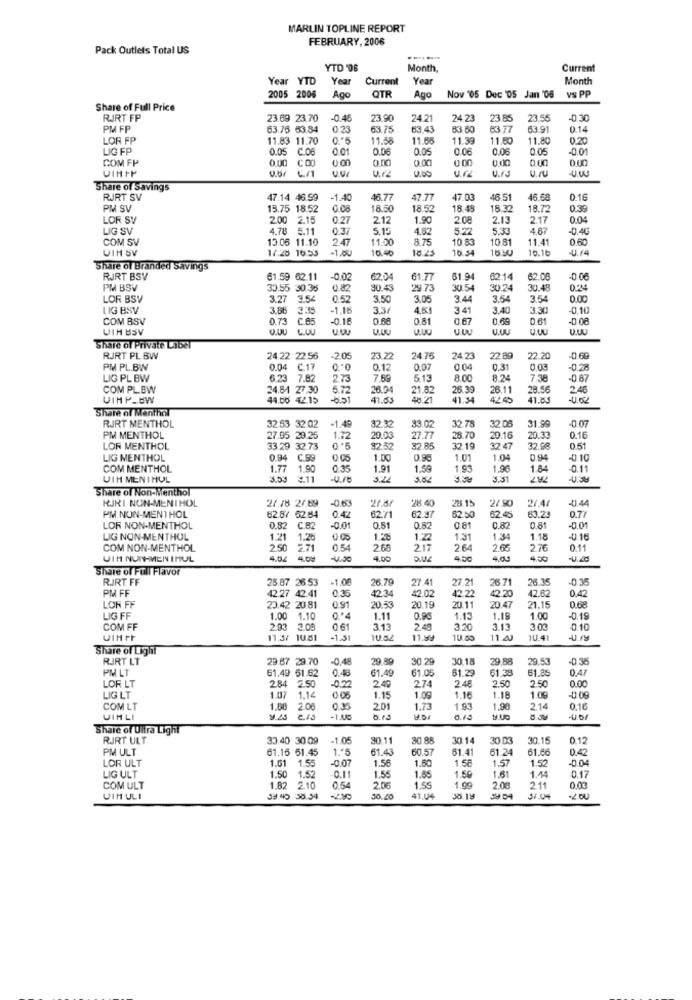
MARLIN TOPLINE REPORT
FEBRUARY, 2006
Pack Outlets Total US
YTD '06
Month,
Current
Year YTD
Year
Current
Year
Month
OTR
vs PP
2005 2006
Ago
Ago
Nov '05 Dec '05 Jan '06
Share of Full Price
RJRT FP
23.69 23.70
-0.4
23.90
24.21
24.2
23.85
23.56
0.30
PM FP
63.76 63.84
0 23
63.75
63.43
83 60
63.77
63.91
0.14
LOR FP
11.83 11.70
11.58
11.65
11.39
11.50
11.80
LIG FP
0.05 C.06
0.01
0.06
0.05
0.06
0.06
0.05
-0.01
0.00
C 00
0.00
0.00
0.00
0.00
0.00
COM FP
0.00
0.12
U.r.J
VIHFP
Share of Savings
RJRT SV
47.14 46.59
-1.4
46.77
47.77
47.03
46 51
46.68
0.16
PM SV
15.75 18.52
0.08
18.50
18.52
18.48
18.32
18.72
0.39
LOR SV
2.00 2.15
0.27
2.12
1.90
2 08
2.13
2.17
0.04
LIG SV
4.78
5.11
0.37
5.15
4.62
572
5.33
4.87
-0.40
COM SV
13.06 11.10
247
11.00
8.75
10 83
10.81
11.41
0.60
UIM SV
17.28 16:55
-1.00
16.40
18.25
10.34
16 50
16.16
U./4
Share of Branded Savings
RJRT BSV
61.59 62.11
-0.00
62.04
61.77
61.94
62:14
62.08
PM BSV
33.55 30.35
0.82
30.43
29 73
30.54
30.24
30.48
LOR BSV
3.2
9.54
05
3.50
3.05
3.44
3.54
3.54
0.00
LIG BSV
3.86
3.35
-1.1
3.3f
4.61
341
3.40
3.30
0.10
COM BSV
0.73
C.65
-0.16
0.68
0.81
0.67
0.69
0.61
-0.08
VIH BSV
L.OU
U.WU
Share of Private Label
RJRT PL BW
24.22 22 56
-2.05
23.22
24 75
24 .23
22.89
22.20
-0.68
PM PL.BW
0.04 C.17
0.12
0.07
0.04
0.31
0.03
-02
LIG PL BW
3 7.82
273
7.69
5.13
8.00
8.24
7.38
-0 87
COM PLBW
24.84 27.30
5.72
26.94
21.82
26.3
26.11
28.56
2.45
VIHP-BW
44.66 42.15
-651
41.63
48.21
41.34
4245
41.83
-U.62
Share of Menthol
RJRT MENTHOL
32.53 32.02
-1.49
32.32
33.02
32.78
32.05
31.99
-0.07
PM MENTHOL
27.95 29.25
1.72
20.03
7.77
28.70
29.16
20.33
0.16
LOR MENTHOL
33.29 32.73
0.'5
82.52
32 85
32.19
32 47
32.98
0.51
LIG MENTHOL
0.94 C.99
1.00
0.96
1.01
1.04
0.94
-0.10
COM MENTHOL
1.77 1.90
0.35
1.91
1.59
1.96
1.84
0.11
VIH MENTHOL
¥.11
u.re
3.22
3.5.2
3.31
Share of Non-Menthol
RJKI NON-MENTHOL
-0.63
27.8
21.18 2/89
28.40
28.15
2/90
21.4
0.77
0.44
PM NON-MENTHOL
62.87 62.84
0.42
62.71
62.37
62.50
62.45
63.23
LOR NON-MENTHOL
0.82
C.B
-0.01
0.51
0.82
0.81
0.82
0.81
-0.01
LIG NON-MENTHOL
1.21
1.28
0.00
1.28
1.22
1.31
1.34
1.18
-0.16
COM NON-MENTHOL
2.50
2.71
0.54
2.68
217
264
2.65
2.76
0.11
VIH NUTH-MEN IMUL
4.30
4.00
QUE
4.50
4.50
Share of Full Flavor
RJRT FF
25.87 26.53
-1.00
26.79
27.41
26.71
26.35
-0.35
PM FF
42.27 42.41
0.35
42:34
42.22
27.21
42.62
0.42
LOR FF
20 53
42.02
42.20
20.47
23.42 20 81
0.91
20.19
20.11
21.15
0.68
LIG FF
1.00 1.10
0'4
1.11
1.13
1.19
1.00
-0.15
COM FF
2.93 3.08
0.61
3.13
2.48
3.20
3.13
3.03
-0.10
UIMPF
11.3/ 10.51
-1.31
10.59
11.4
10.41
Share of Light
RJRT LT
23.67 29.70
-04
29.89
30.29
30 18
29.88
29.53
-0.36
PM LT
61.49
61.05
61.29
0.47
61.49 51.62
284 2.50
0.4
-02
274
2.48
61.38
2.50
61.85
2.50
0.00
LOR LT
2.40
LIG LT
1.07
1.14
1.15
1.09
1.16
1.18
1.09
-0.09
COM LT
1.88
2.06
0.35
2.01
1.73
1.93
1,98
2.14
0.16
UIMLI
2.13
-1.00
D.13
d.13
1.UC
Share of Ultra Light
RJRT ULT
33.40 30.09
-1.05
30.11
30.88
30.14
30.03
30.15
0.12
PM ULT
61.16 51.45
1 .* 5
61.43
60.57
61.41
61.24
61.66
0.42
LOR ULT
1.61
1.55
-0.07
1.56
1.60
1.58
1.57
1.52
0.0
LIG ULT
1.50 1.52
0.11
1.55
1.65
1.59
1.61
1.44
0.17
COM ULT
1.82
2.10
0.54
2.06
1.55
1 .99
2.08
2.11
0.03
UIH ULI
39,40 30.54
30.20
41.04
30.19